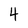
Character: 4